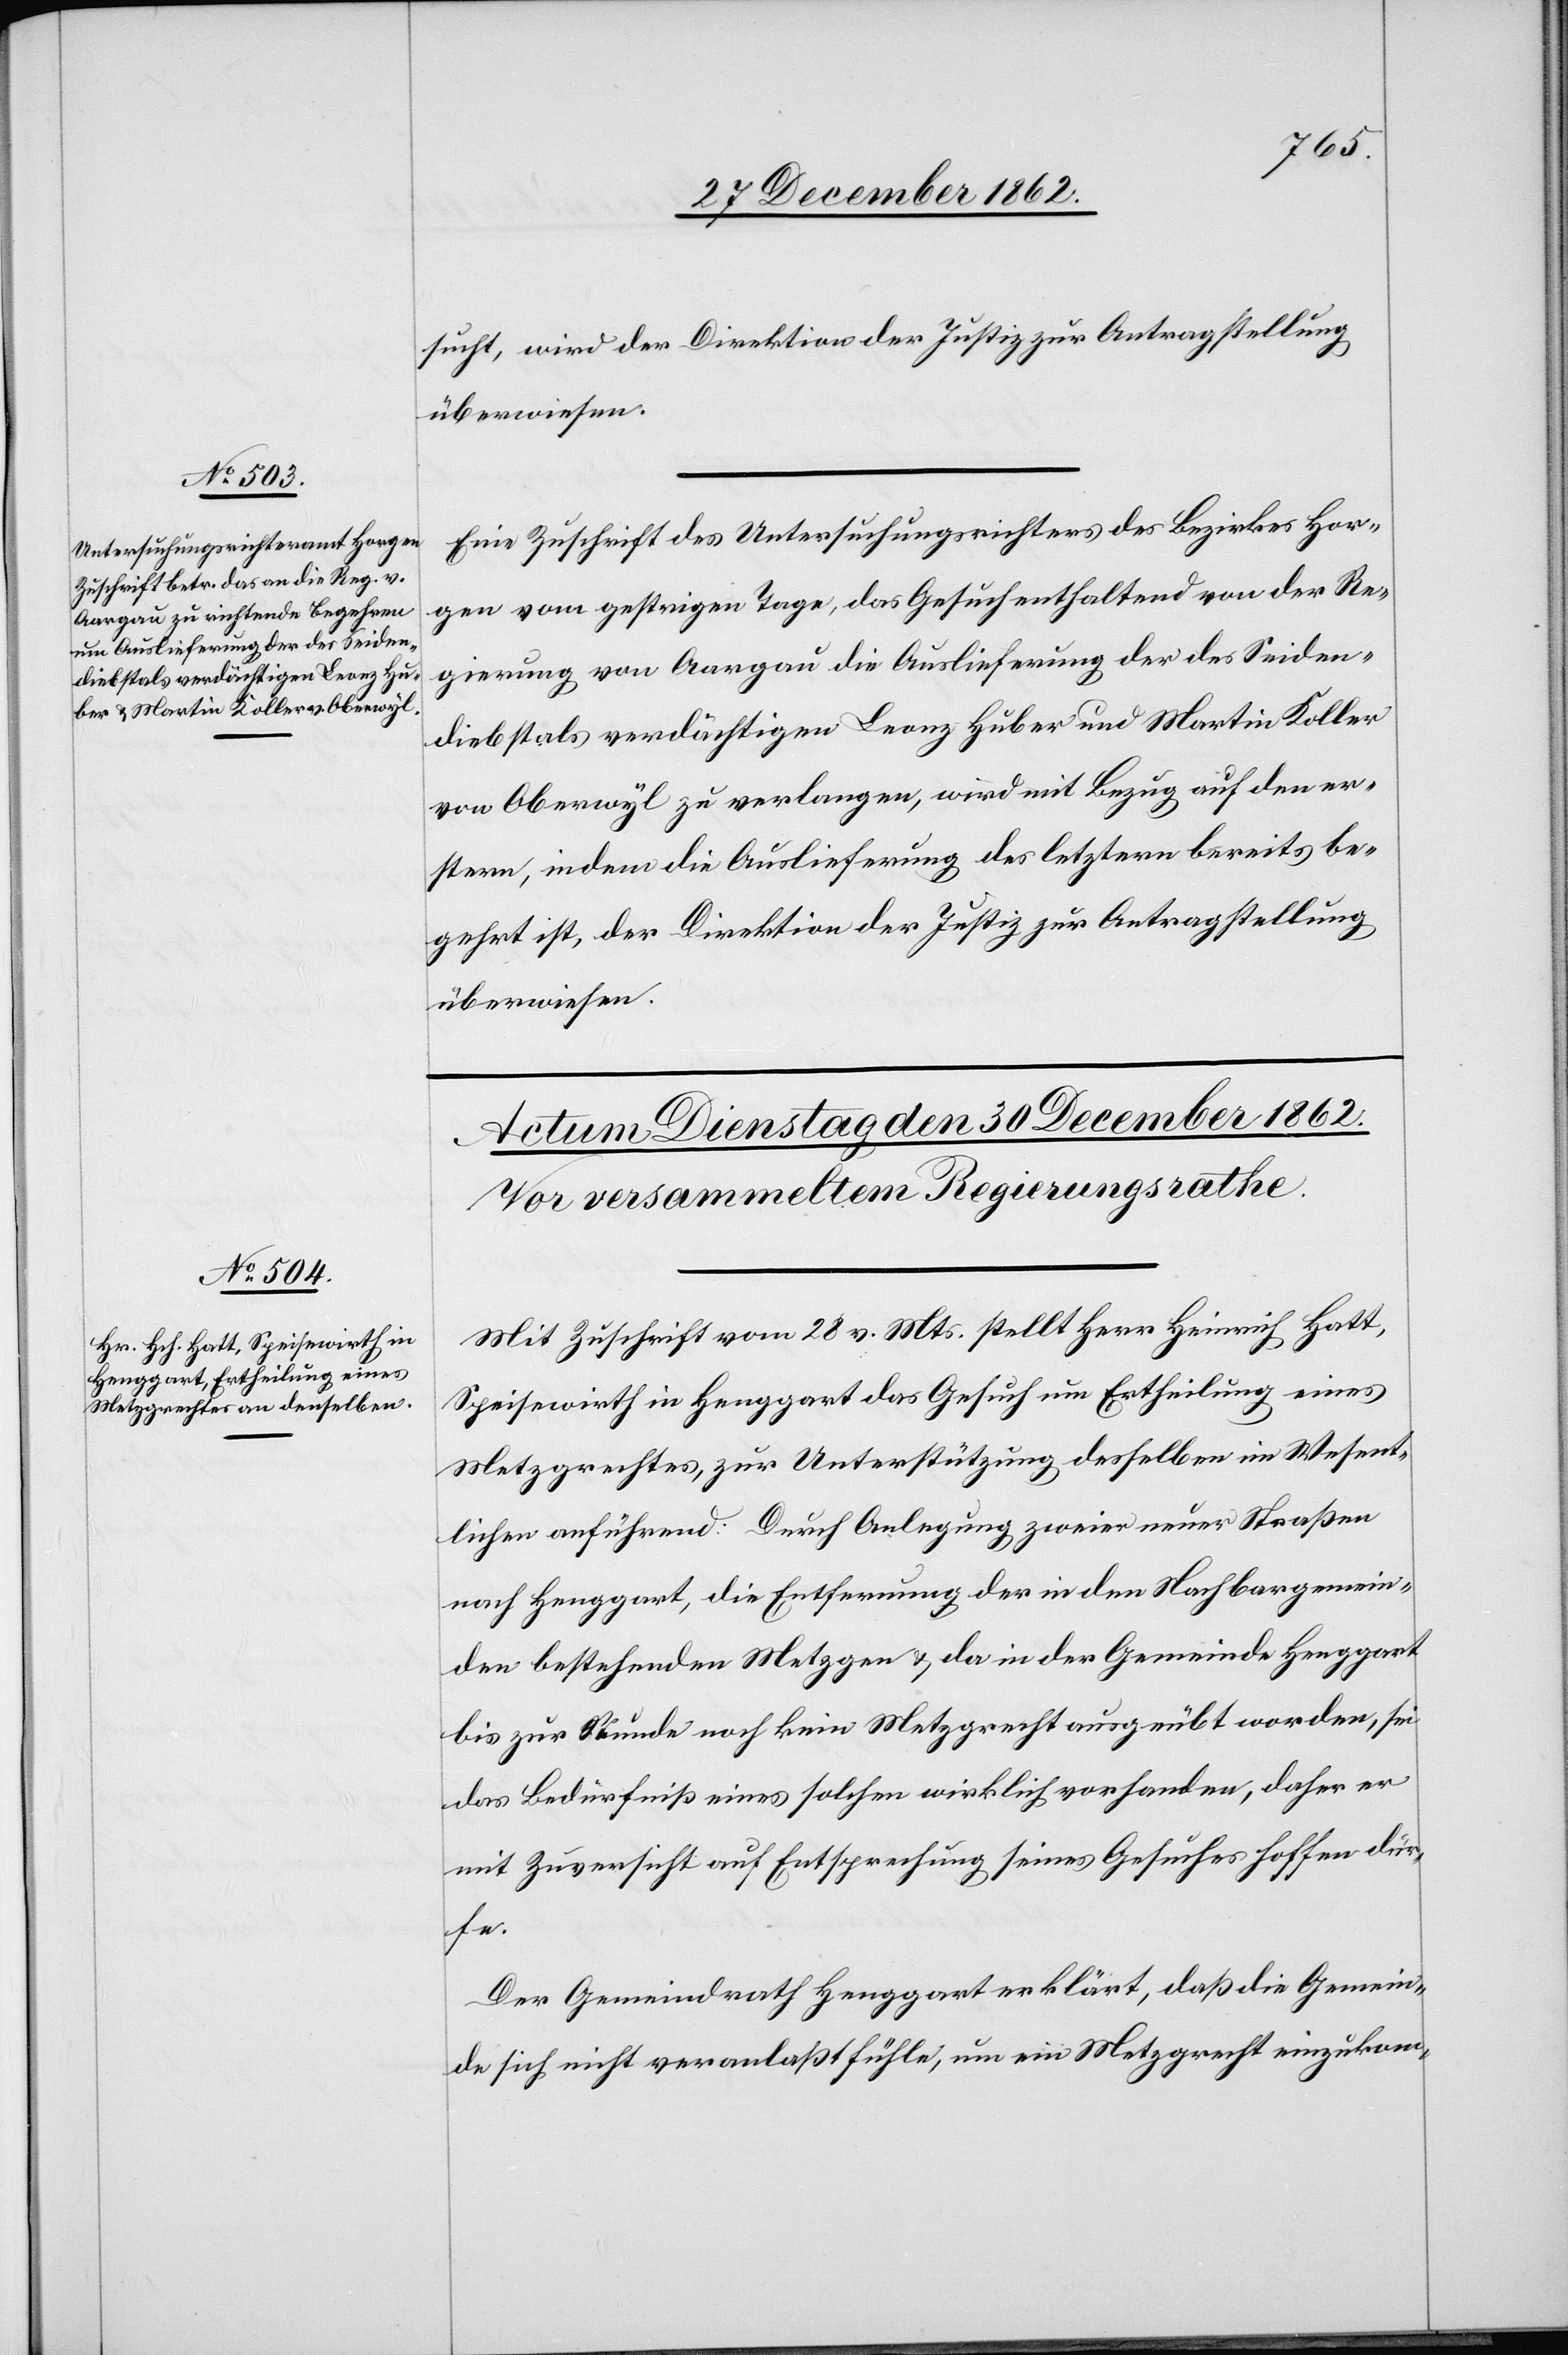
29. December 1862.]
sucht, wird der Direktion der Justiz zur Antragstellung
überwiesen.
Eine Zuschrift des Untersuchungsrichters des Bezirkes Hor¬
gen vom gestrigen Tage, das Gesuch enthaltend von der Re¬
gierung von Aargau die Auslieferung der des Seiden¬
diebstals verdächtigen Leonz Huber und Martin Koller
von Oberwyl zu verlangen, wird mit Bezug auf den er¬
stern, indem die Auslieferung des letztern bereits be¬
gehrt ist, der Direktion der Justiz zur Antragstellung
überwiesen.
Mit Zuschrift vom 28. v. Mts. stellt Herr Heinrich Hatt,
Speisewirth in Henggart das Gesuch um Ertheilung eines
Metzgrechtes, zur Unterstützung desselben im Wesent¬
lichen anführend: Durch Anlegung zweier neuer Straßen
nach Henggart, die Entfernung der in den Nachbargemein¬
den bestehenden Metzger u. da in der Gemeinde Henggart
bis zur Stunde noch kein Metzgrecht ausgeübt worden, sei
das Bedürfniß eines solchen wirklich vorhanden, daher er
mit Zuversicht auf Entsprechung seines Gesuches hoffen dür¬
fe.
Der Gemeindrath Henggart erklärt, daß die Gemein¬
de sich nicht veranlaßt fühle, um ein Metzgrecht einzukom-